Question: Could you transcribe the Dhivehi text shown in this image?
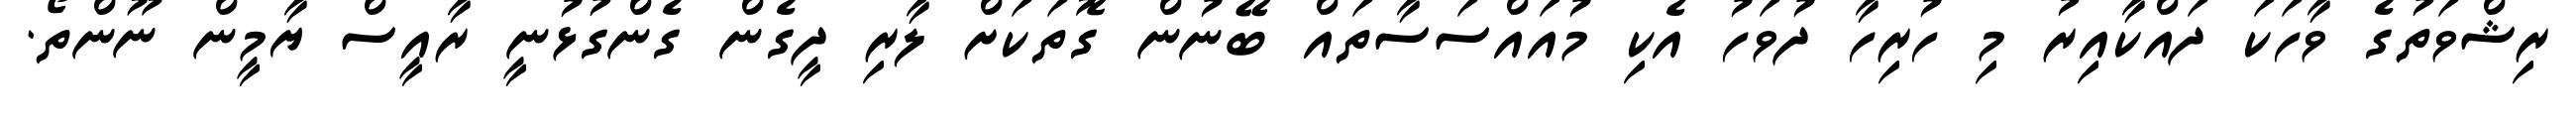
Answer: ރިޝްވަތުގެ ވާހަކަ ދައްކާއިރު މި ހުރިހާ ދުވަހު އެކި މުއައްސަސާތައް ބޭނުން ގޮތަކަށް ލާރި ދީގެން ގެންގުޅުނީ ރާއީސް ޔާމީން ނޫންތޯ.